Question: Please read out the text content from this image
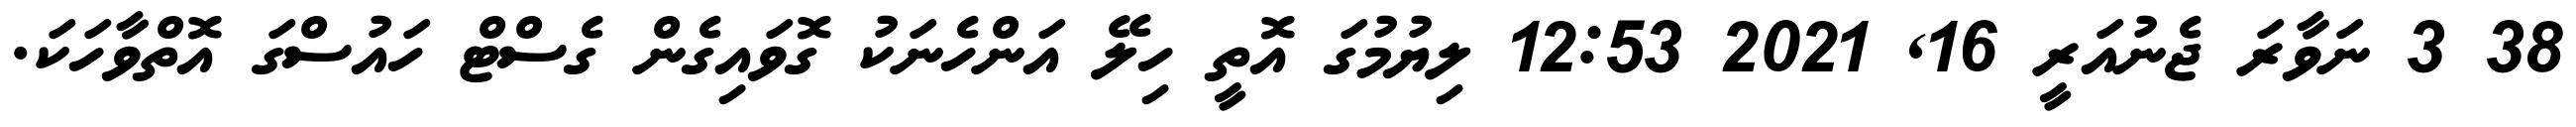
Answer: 38 3 ނަވާރަ ޖެނުއަރީ 16, 2021 12:53 ލިޔުމުގަ އޮތީ ހިލޭ އަންހެނަކު ގޮވައިގެން ގެސްޓް ހައުސްގަ އޮތްވާހަކަ.